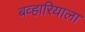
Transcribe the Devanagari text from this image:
बव्हारियाला